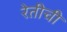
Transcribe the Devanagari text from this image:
रेतीची